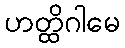
ဟတ္ထိဂါမေ